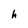
Character: h